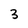
Character: 3